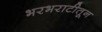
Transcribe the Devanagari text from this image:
भरभराटीतून